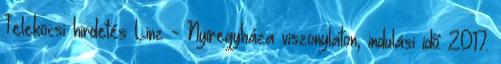
Telekocsi hirdetés Linz - Nyíregyháza viszonylaton, indulási idő: 2017.